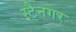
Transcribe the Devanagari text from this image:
स्टैनगर